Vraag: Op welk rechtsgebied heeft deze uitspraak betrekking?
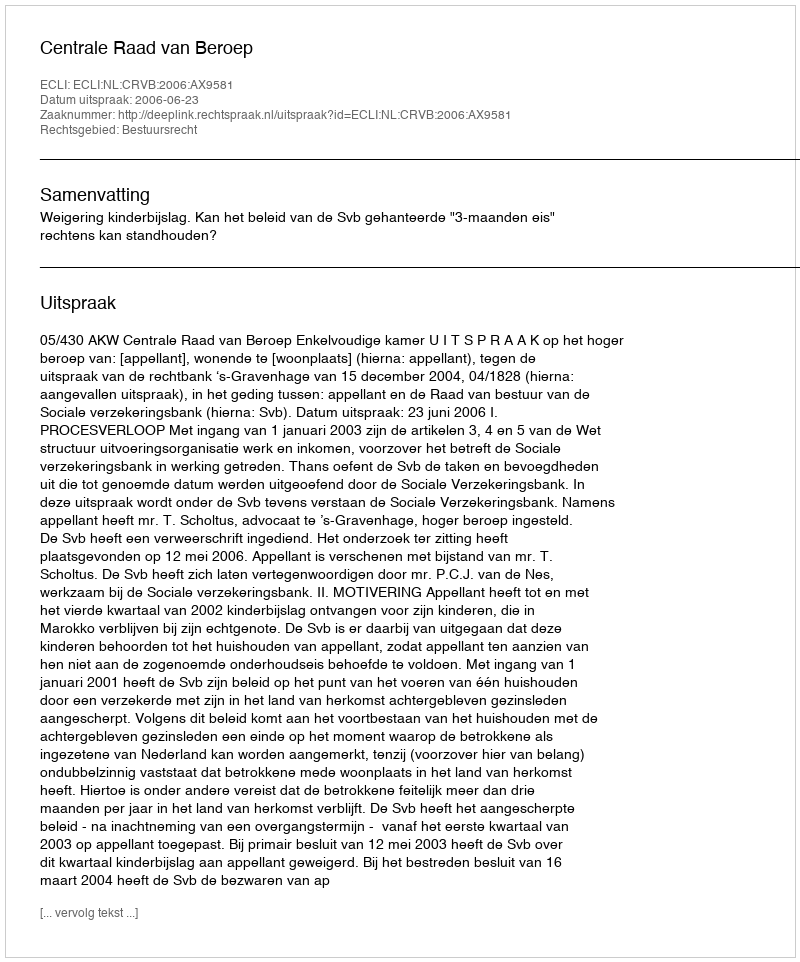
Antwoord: Bestuursrecht